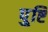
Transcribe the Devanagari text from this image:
पु्ष्टि